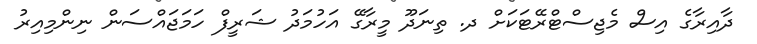
ދާއިރާގެ އިސް މެޖިސްޓްރޭޓަކަށް ދ. ތިނަދޫ މީރާގޭ އަހުމަދު ޝަރީފް ހަމަޖައްސަން ނިންމިއިރު